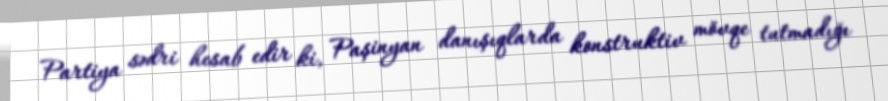
Partiya sədri hesab edir ki, Paşinyan danışıqlarda konstruktiv mövqe tutmadığı